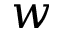
w